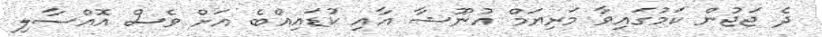
ދެ ޖަޖުން ކަމުގައިވާ މަރިޔަމް އުނޫޝާ އާއި ކުޑައިއްބެ އަށް ވެސް އޮއްސާލި